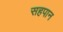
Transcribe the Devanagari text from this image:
सहपान